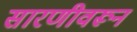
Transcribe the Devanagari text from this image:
सारणीवरून